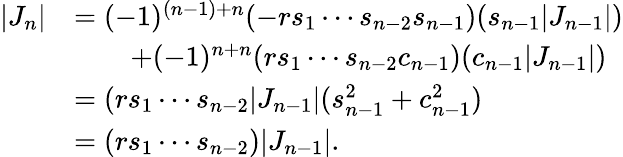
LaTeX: {\begin{array}{rl}{|J_{n}|}&{=(-1)^{(n-1)+n}(-rs_{1}\dotsm s_{n-2}s_{n-1})(s_{n-1}|J_{n-1}|)}\\ &{\qquad+(-1)^{n+n}(rs_{1}\dotsm s_{n-2}c_{n-1})(c_{n-1}|J_{n-1}|)}\\ &{=(rs_{1}\dotsm s_{n-2}|J_{n-1}|(s_{n-1}^{2}+c_{n-1}^{2})}\\ &{=(rs_{1}\dotsm s_{n-2})|J_{n-1}|.}\end{array}}